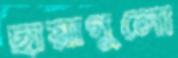
ছায়াগুলো